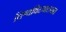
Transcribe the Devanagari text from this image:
विश्वविद्दयालयात